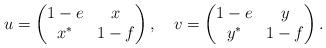
LaTeX: \begin{align*} u= \begin{pmatrix} 1-e & x \\ x^* & 1-f \end{pmatrix} ,\quad v = \begin{pmatrix} 1-e & y \\ y^* & 1-f \end{pmatrix}. \end{align*}